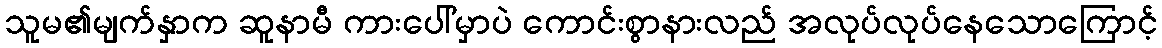
သူမ၏မျက်နှာက ဆူနာမီ ကားပေါ်မှာပဲ ကောင်းစွာနားလည် အလုပ်လုပ်နေသောကြောင့်